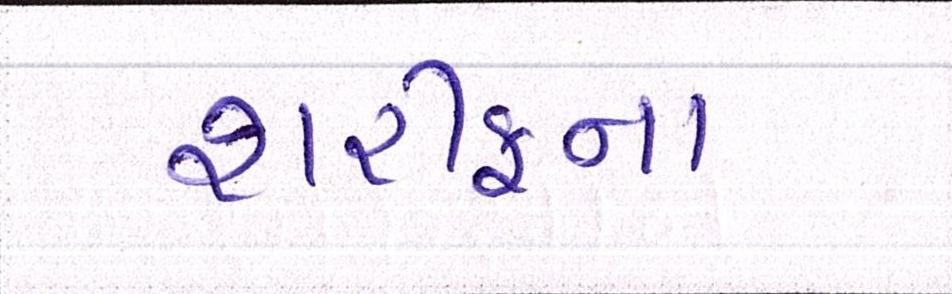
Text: શરીફના